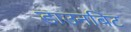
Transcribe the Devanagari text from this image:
डाउनबिट